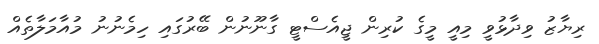
ރިޔާޒު ވިދާޅުވީ މިއީ މީގެ ކުރިން ޖީއެސްޓީ ގާނޫނުން ބޭރުގައި ހިމެނުނު މުއާމަލާތެއް